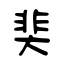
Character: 奜